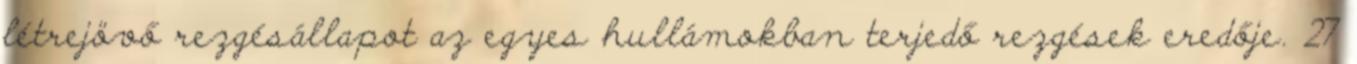
létrejövő rezgésállapot az egyes hullámokban terjedő rezgések eredője. 27